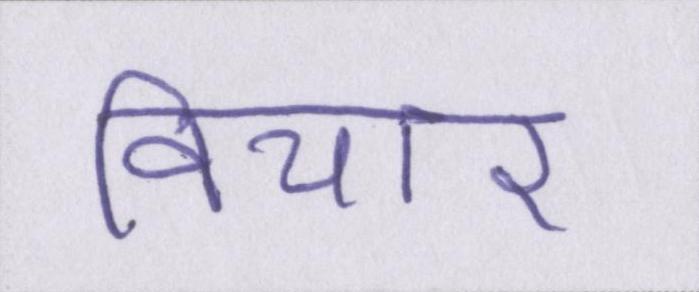
विचार